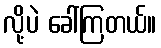
လို့ပဲ ခေါ်ကြတယ်။